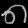
Digit: ၈